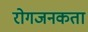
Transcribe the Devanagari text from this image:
रोगजनकता